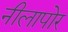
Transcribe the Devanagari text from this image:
नीलापोर